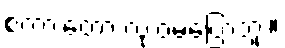
စကားတော့ လုံးဝမပြောဘူး။